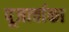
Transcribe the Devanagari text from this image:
पूजार्चाका